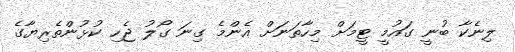
ލިނެކާ ބުނީ ގައުމީ ޓީމަށް މިހާތަނަށް އެންމެ ގިނަ ގޯލު ޖެހި ކުޅުންތެރިޔާގެ